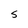
Character: S